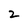
Character: 2